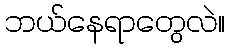
ဘယ်နေရာတွေလဲ။